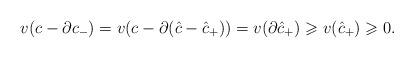
LaTeX: \begin{align*} v(c - \partial c_-) = v(c - \partial(\hat{c} - \hat{c}_+)) = v(\partial \hat{c}_+) \geqslant v(\hat{c}_+) \geqslant 0.\end{align*}